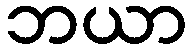
ဘယာ